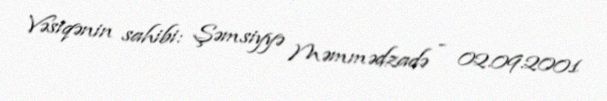
Vəsiqənin sahibi: Şəmsiyyə Məmmədzadə - 02.09.2001